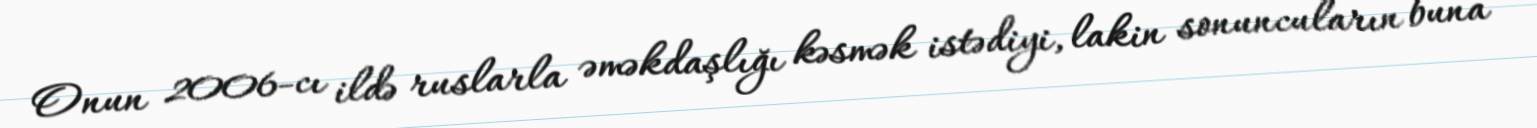
Onun 2006-cı ildə ruslarla əməkdaşlığı kəsmək istədiyi, lakin sonuncuların buna